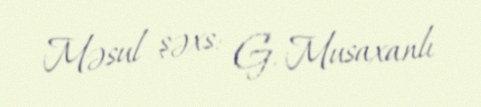
Məsul şəxs: G. Musaxanlı